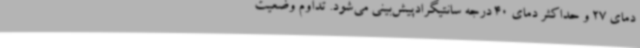
دمای 27 و حداکثر دمای 40 درجه سانتیگرادپیش‌بینی می‌شود. تداوم وضعیت